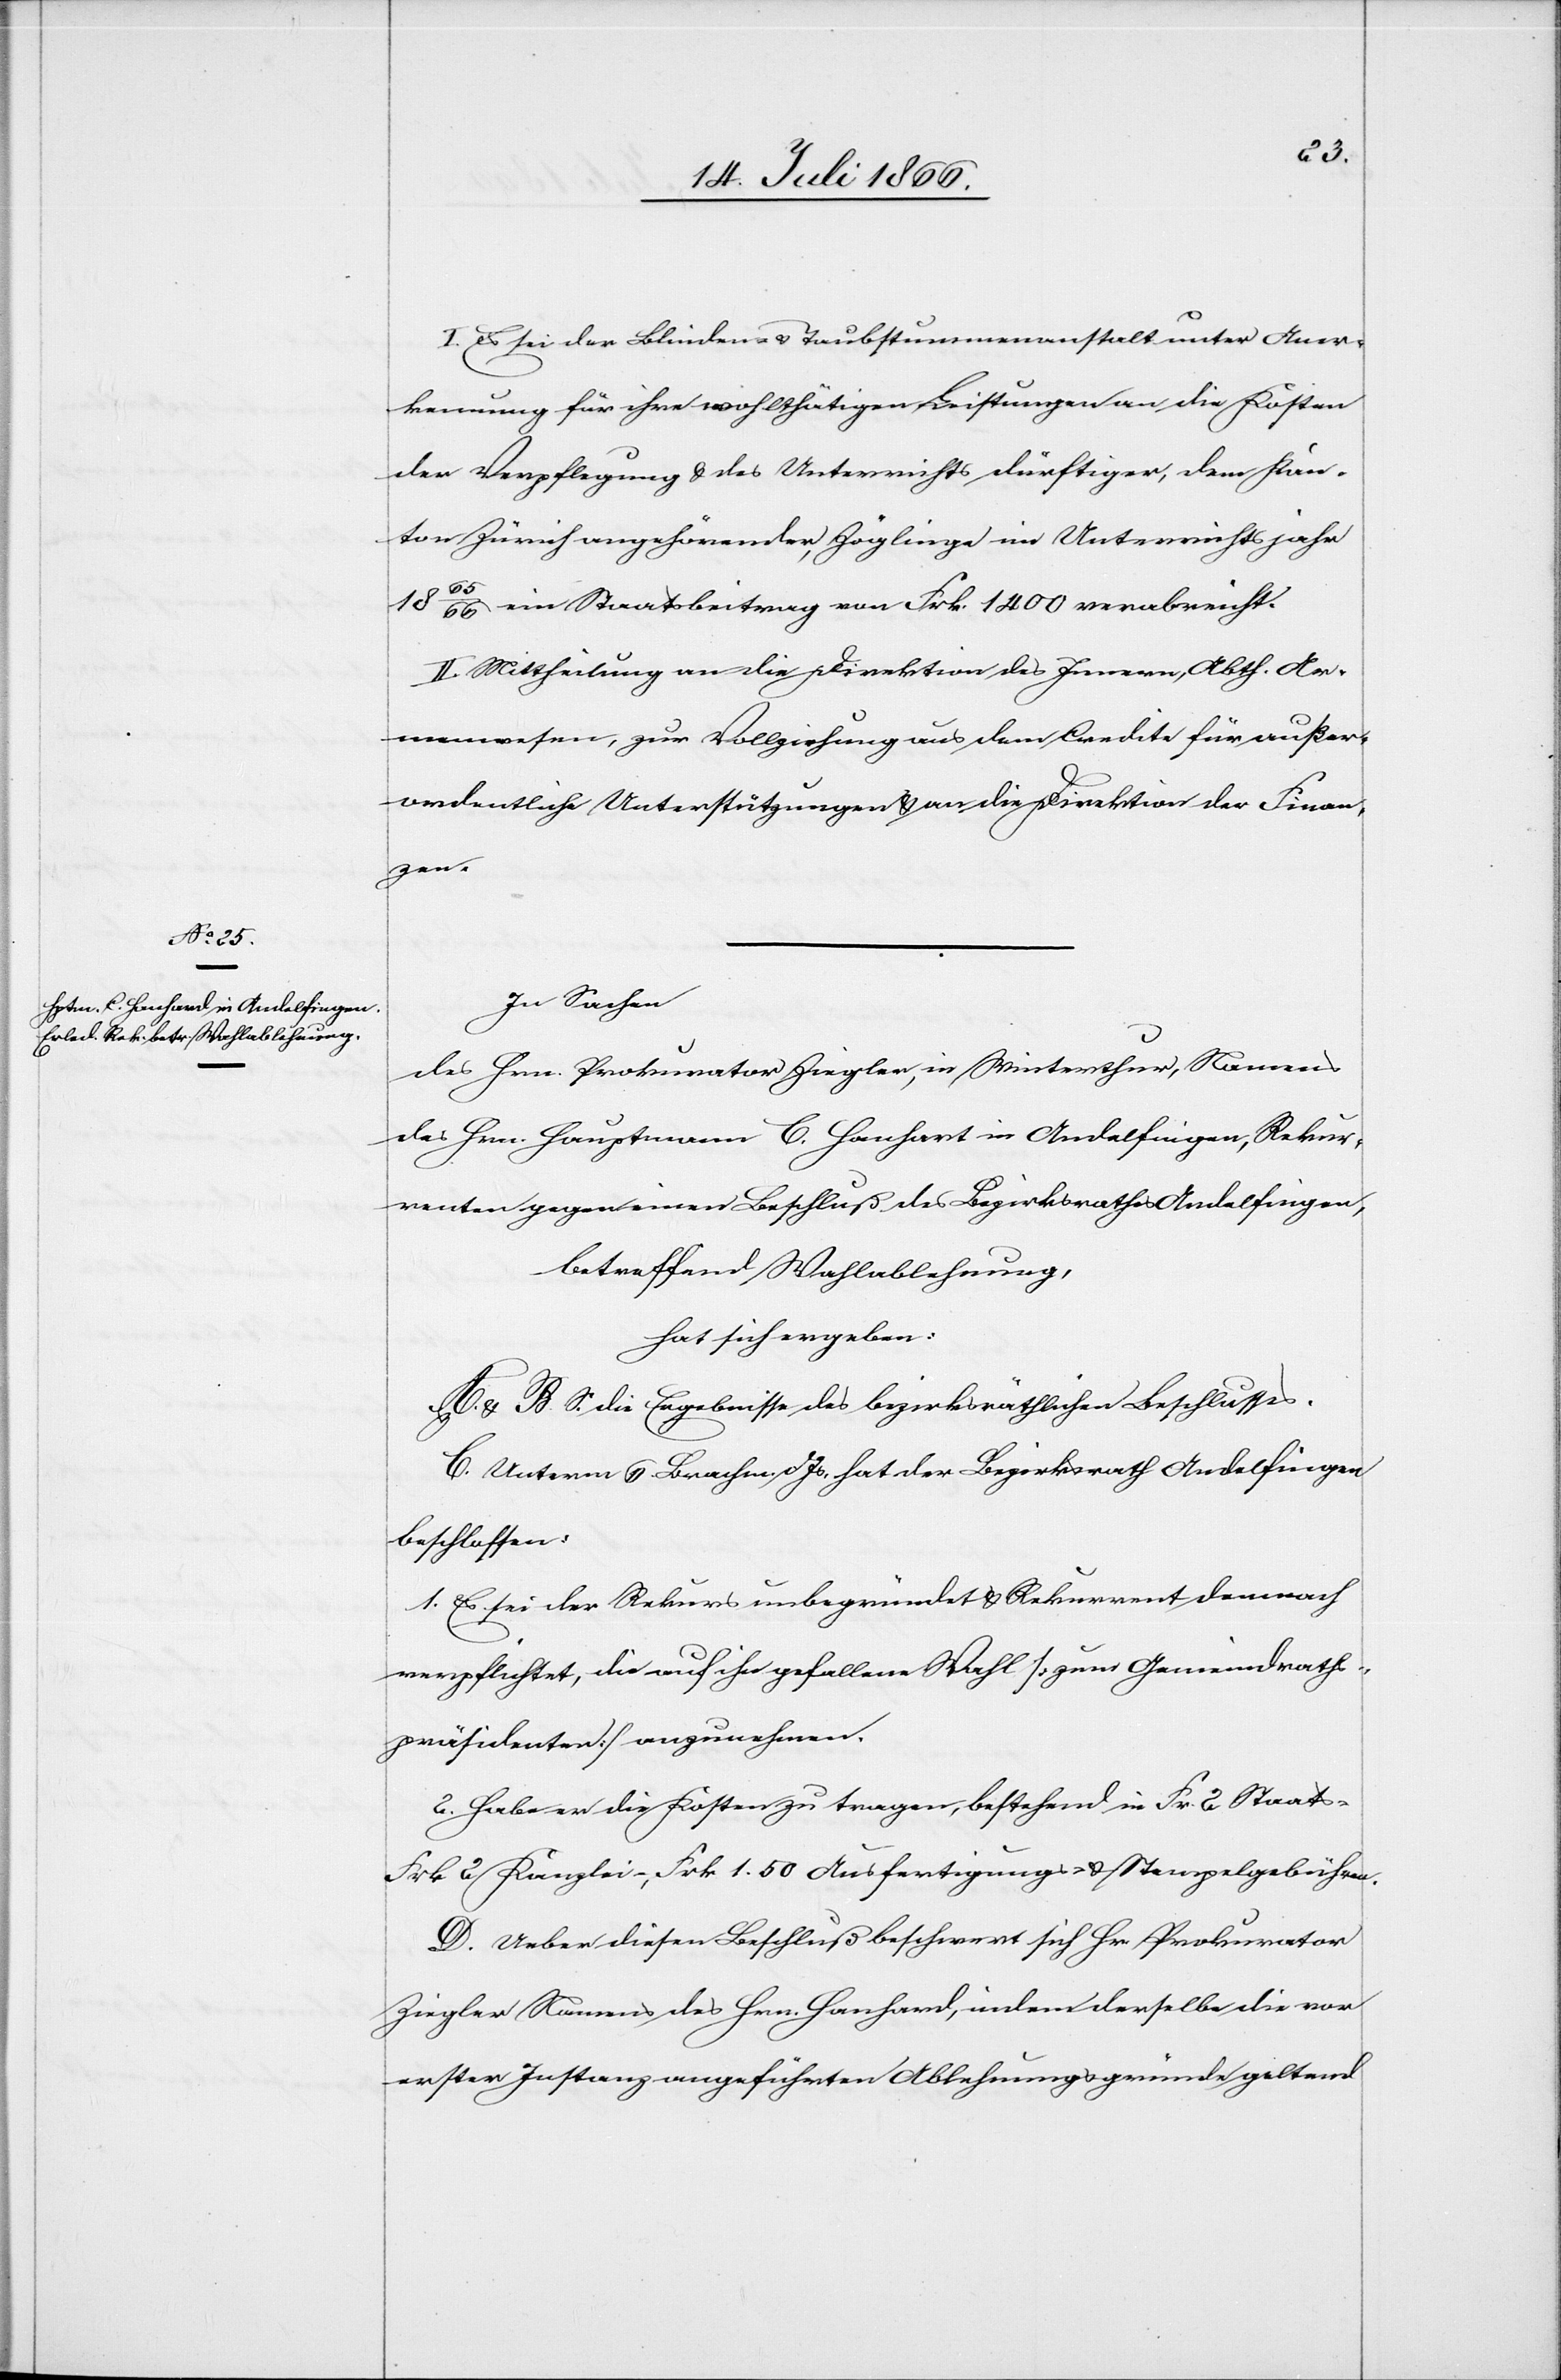
I. Es sei der Blinden- u. Taubstummenanstalt unter Aner¬
kennung für ihre wohlthätigen Leistungen an die Kosten
der Verpflegung u. des Unterrichts dürftiger, dem Kan¬
ton Zürich angehörenden, Zöglinge im Unterrichtsjahr
1865/66 ein Staatsbeitrag von Frk. 1400 verabreicht.
II. Mittheilung an die Direktion des Innern, Abth. Ar¬
menwesen, zur Vollziehung aus dem Credite für außer¬
ordentliche Unterstützungen u. an die Direktion der Finan¬
zen.
In Sachen
des Hrn. Prokurator Ziegler, in Winterthur, Namens
des Hrn. Hauptmann C. Hanhart in Andelfingen, Rekur¬
renten gegen einen Beschluß des Bezirksrathes Andelfingen,
betreffend Wahlablehnung,
hat sich ergeben:
A. u. B. S. die Ergebnisse des bezirksräthlichen Beschlusses.
C. Unterm 6. Brachm. d. Js. hat der Bezirksrath Andelfingen
beschlossen:
1. Es sei der Rekurs unbegründet u. Rekurrent demnach
verpflichtet, die auf ihn gefallene Wahl [zum Gemeindraths¬
präsidenten] anzunehmen.
2. Habe er die Kosten zu tragen, bestehend in Fr. 2 Staats-[,]
Frk. 2 Kanzlei-, Frk. 1.50 Ausfertigungs- u. Stempelgebühren.
D. Ueber diesen Beschluß beschwert sich Hr. Prokurator
Ziegler Namens des Hrn. Hanhard [sic!], indem derselbe die von
erster Instanz angeführten Ablehnungsgründe geltend